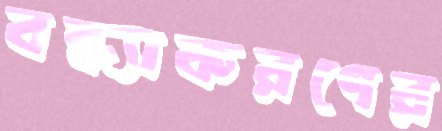
বন্ধ্যাকরণের